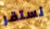
نستقر